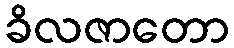
ခိလဇာတော